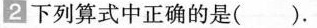
2下列算式中正确的是().